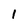
Character: I